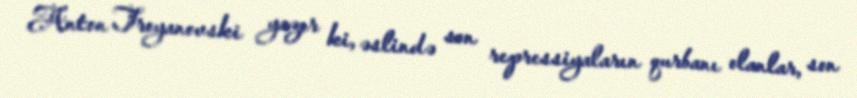
Anton Troyanovski yazır ki, əslində son repressiyaların qurbanı olanlar, son